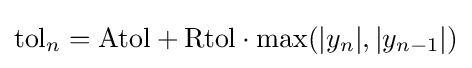
{\textrm {tol}}_{n}={\textrm {Atol}}+{\textrm {Rtol}}\cdot \max(|y_{n}|,|y_{n-1}|)